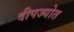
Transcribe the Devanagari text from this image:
दीपज्योत